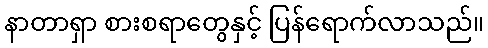
နာတာရှာ စားစရာတွေနှင့် ပြန်ရောက်လာသည်။